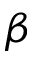
\beta